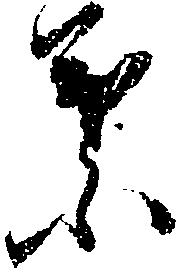
葉